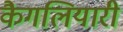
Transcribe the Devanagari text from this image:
कैगलियारी